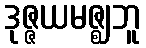
ဒုဇ္ဇယမဇ္ဈဘူ